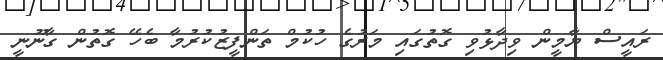
ރައީސް ޔާމީން ވިދާޅުވި ގޮތުގައި މަރުގެ ހުކުމް ތަންފީޒުކުރުމާ ބެހޭ ގޮތުން ގާނޫނީ